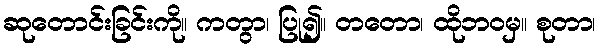
ဆုတောင်းခြင်းကို။ ကတွာ၊ ပြု၍။ တတော၊ ထိုဘဝမှ။ စုတာ၊